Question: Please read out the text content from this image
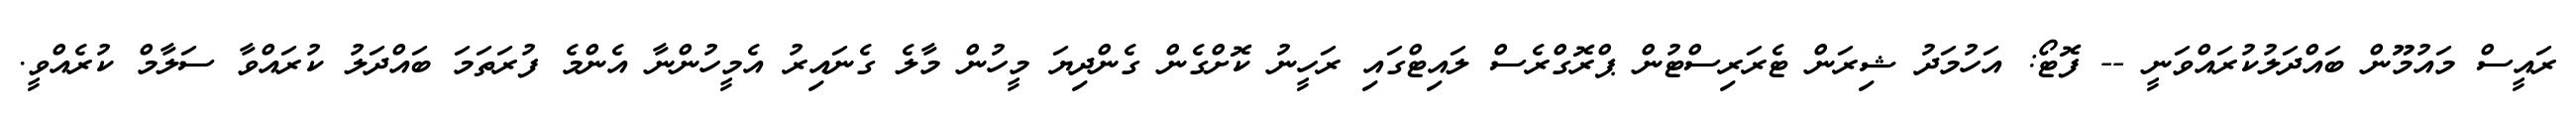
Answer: ރައީސް މައުމޫން ބައްދަލުކުރައްވަނީ -- ފޮޓޯ: އަހުމަދު ޝިރަން ޓެރަރިސްޓުން ޕްރޮގްރެސް ލައިޓްގައި ރަހީނު ކޮށްގެން ގެންދިޔަ މީހުން މާލެ ގެނައިރު އެމީހުންނާ އެންމެ ފުރަތަމަ ބައްދަލު ކުރައްވާ ސަލާމް ކުރެއްވީ.